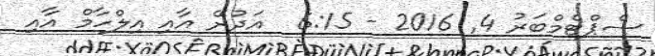
ސެޕްޓެމްބަރު 4